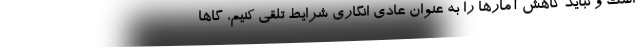
است و نباید کاهش آمارها را به عنوان عادی انگاری شرایط تلقی کنیم، گاها